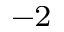
^ { - 2 }